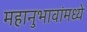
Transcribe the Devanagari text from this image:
महानुभावांमध्ये